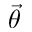
\vec { \theta }